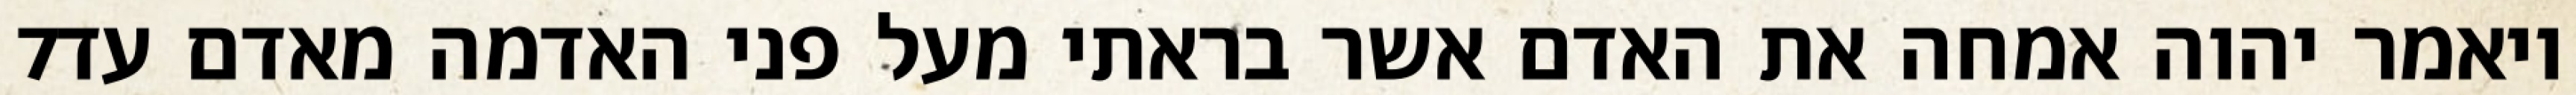
‎7‏ ויאמר יהוה אמחה את האדם אשר בראתי מעל פני האדמה מאדם עד